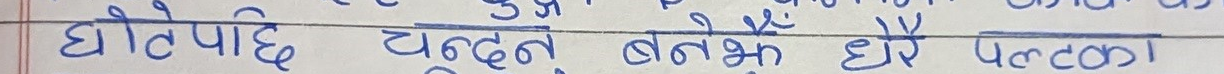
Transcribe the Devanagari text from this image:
घोटेपछि चन्दन अनेक धेरै पल्का